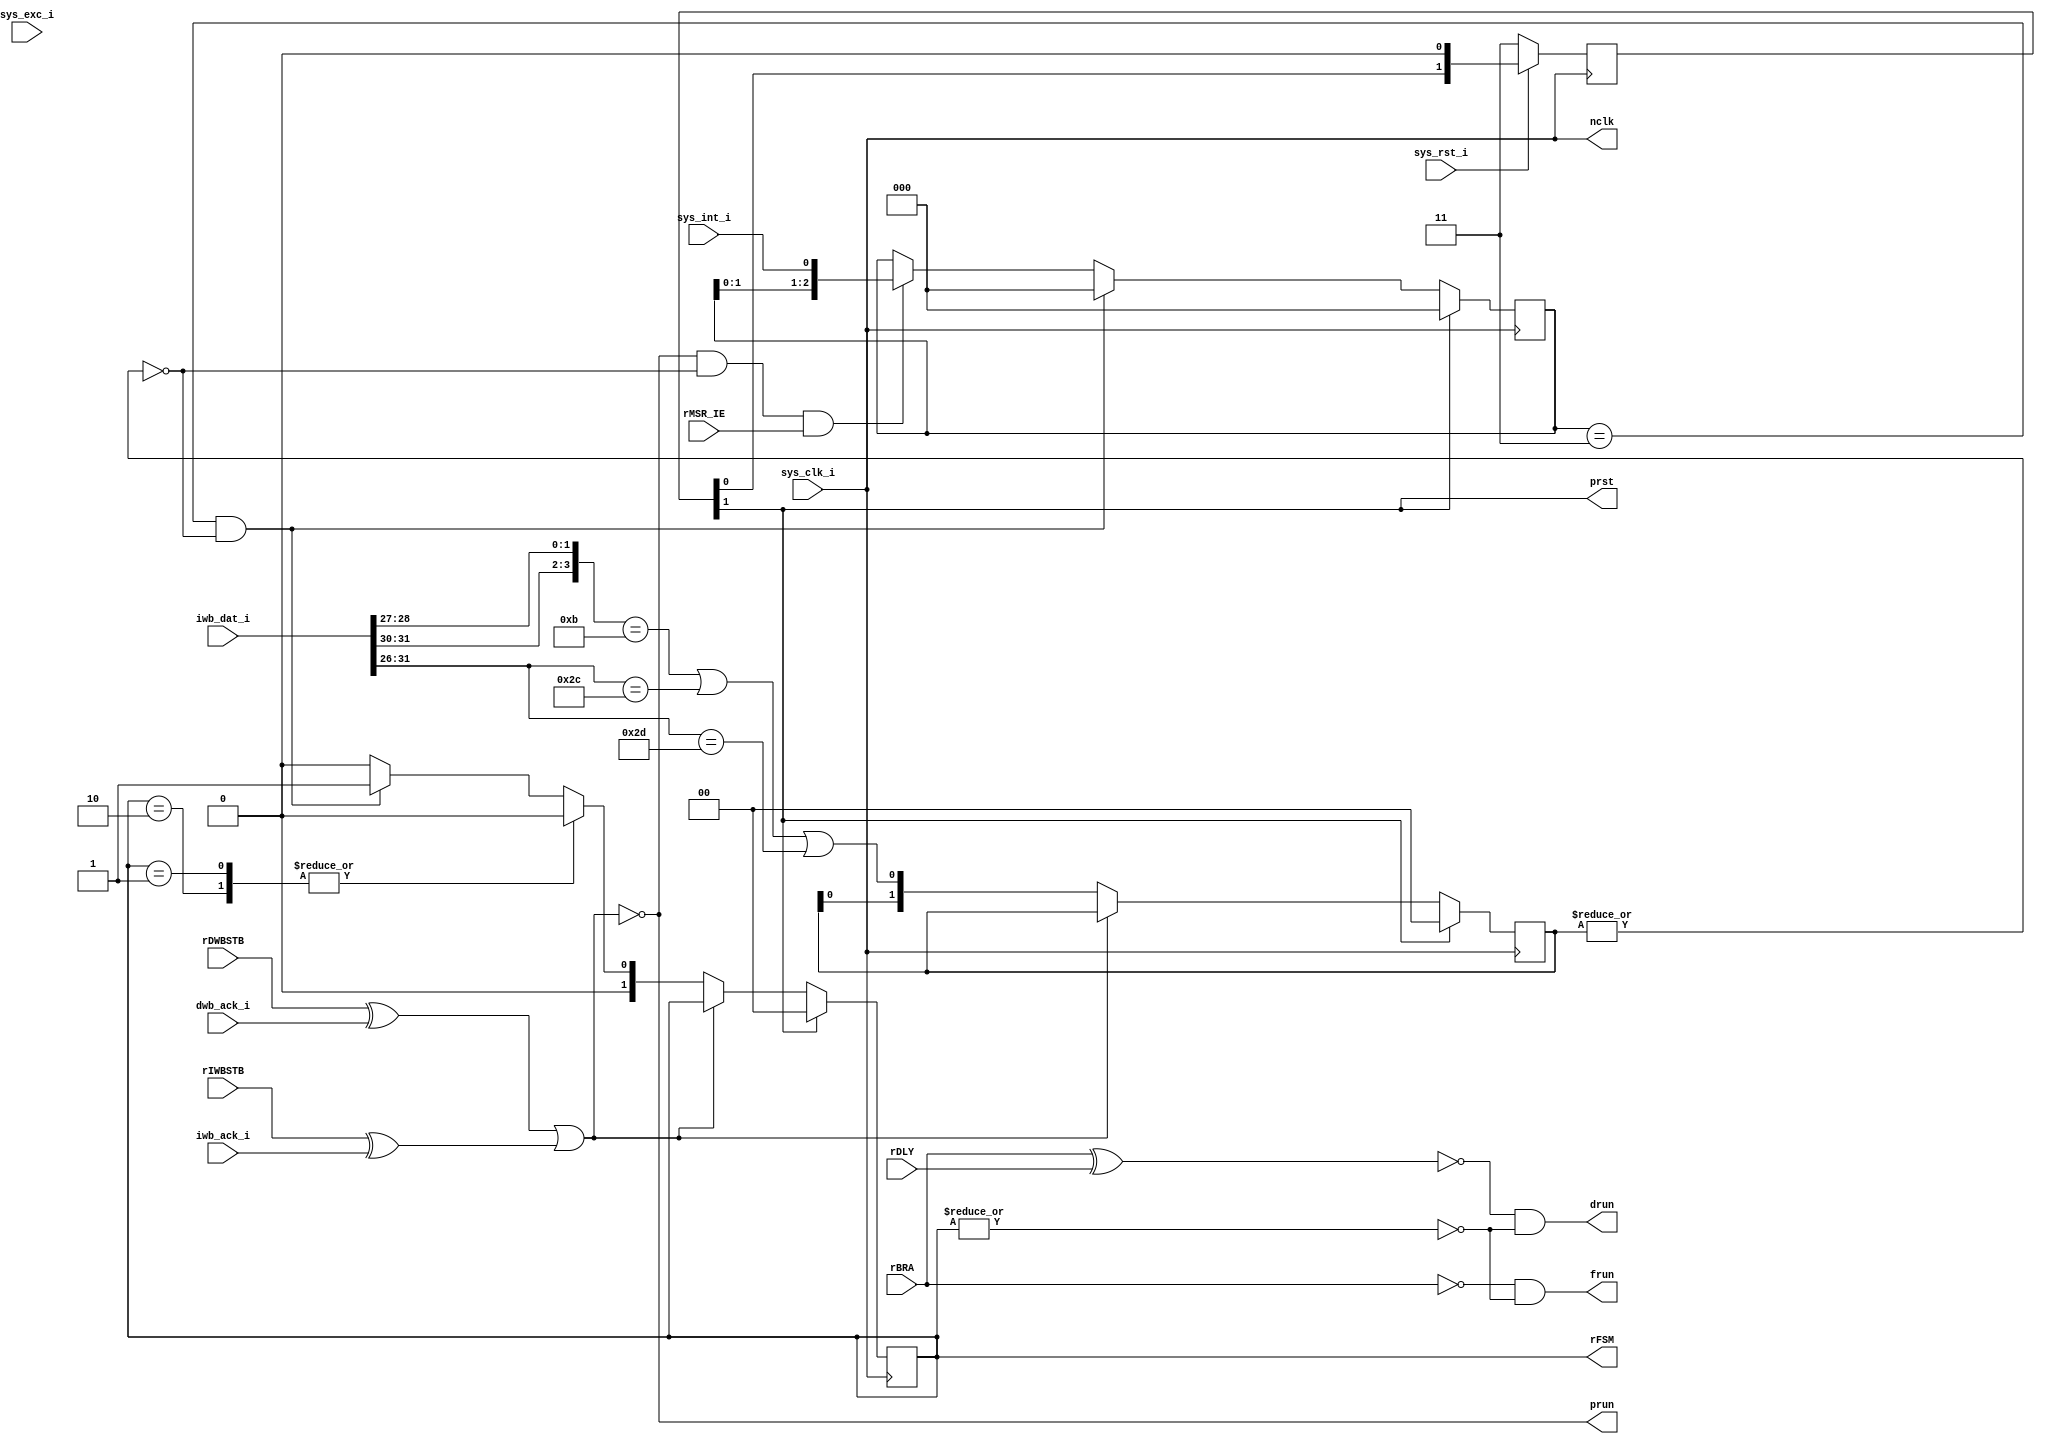
/*
 * $Id: aeMB_control.v,v 1.7 2007/05/30 18:44:30 sybreon Exp $
 * 
 * AE68 System Control Unit
 * Copyright (C) 2004-2007 Shawn Tan Ser Ngiap <shawn.tan@aeste.net>
 *  
 * This library is free software; you can redistribute it and/or
 * modify it under the terms of the GNU Lesser General Public License
 * as published by the Free Software Foundation; either version 2.1 of
 * the License, or (at your option) any later version.
 * 
 * This library is distributed in the hope that it will be useful, but
 * WITHOUT ANY WARRANTY; without even the implied warranty of
 * MERCHANTABILITY or FITNESS FOR A PARTICULAR PURPOSE. See the GNU
 * Lesser General Public License for more details.
 * 
 * You should have received a copy of the GNU Lesser General Public
 * License along with this library; if not, write to the Free Software
 * Foundation, Inc., 59 Temple Place, Suite 330, Boston, MA 02111-1307
 * USA
 *
 * DESCRIPTION
 * Controls the state of the processor.
 * 
 * HISTORY
 * $Log: aeMB_control.v,v $
 * Revision 1.7  2007/05/30 18:44:30  sybreon
 * Added interrupt support.
 *
 * Revision 1.6  2007/05/17 09:08:21  sybreon
 * Removed asynchronous reset signal.
 *
 * Revision 1.5  2007/05/16 12:32:21  sybreon
 * Added async BRA/DLY signals for future clock, reset, and interrupt features.
 *
 * Revision 1.4  2007/04/27 00:23:55  sybreon
 * Added code documentation.
 * Improved size & speed of rtl/verilog/aeMB_aslu.v
 *
 * Revision 1.3  2007/04/11 04:30:43  sybreon
 * Added pipeline stalling from incomplete bus cycles.
 * Separated sync and async portions of code.
 *
 * Revision 1.2  2007/04/04 14:08:34  sybreon
 * Added initial interrupt/exception support.
 *
 * Revision 1.1  2007/03/09 17:52:17  sybreon
 * initial import
 *
 */

module aeMB_control (/*AUTOARG*/
   // Outputs
   rFSM, nclk, prst, prun, frun, drun,
   // Inputs
   sys_rst_i, sys_clk_i, sys_int_i, sys_exc_i, rIWBSTB, iwb_ack_i,
   rDWBSTB, dwb_ack_i, rBRA, rDLY, iwb_dat_i, rMSR_IE
   );
   // System
   input 	sys_rst_i, sys_clk_i;
   input 	sys_int_i;
   input 	sys_exc_i;   
   
   // Instruction WB
   input 	rIWBSTB;
   input 	iwb_ack_i;

   // Data WB
   input 	rDWBSTB;
   input 	dwb_ack_i;   

   // Internal
   input 	rBRA, rDLY;
   input [31:0] iwb_dat_i;
   input 	rMSR_IE;
   
   output [1:0] rFSM;
   //, rLDST;
   output 	nclk, prst, prun;   
   output 	frun, drun;
      
   /**
    RUN Signal
    ----------
    This master run signal will pause or run the entire pipeline. It
    will pause for any incomplete bus transaction.
    */

   assign 	prun = ~((rDWBSTB ^ dwb_ack_i) | ((rIWBSTB ^ iwb_ack_i)));

   /**
    Debounce
    --------
    The following external signals are debounced and synchronised:
    - Interrupt
    
    TODO: Exceptions
    */
   wire 	fINT;   
   reg [2:0] 	rEXC, rINT;
   always @(negedge nclk)
     if (prst) begin
	/*AUTORESET*/
	// Beginning of autoreset for uninitialized flops
	rINT <= 3'h0;
	// End of automatics
     end else if (prun) begin
	//rEXC <= #1 {rEXC[1:0], sys_exc_i};
	rINT <= #1 {rINT[1:0], sys_int_i};	
     end
   
   /**
    Machine States
    --------------
    The internal machine state is affected by external interrupt,
    exception and software exceptions. Only interrupts are
    implemented.
    
    TODO: Implement Exceptions
    */
   parameter [1:0]
		FSM_RUN = 2'o0,
		FSM_SWEXC = 2'o3,
		FSM_HWEXC = 2'o2,
		FSM_HWINT = 2'o1;
   
   reg [1:0] 	  rFSM, rNXT;
   always @(negedge nclk)
     if (prst) begin
	/*AUTORESET*/
	// Beginning of autoreset for uninitialized flops
	rFSM <= 2'h0;
	// End of automatics
     end else if (prun) begin
	rFSM <= #1 rNXT;
     end

   always @(/*AUTOSENSE*/fINT or rFSM)
     case (rFSM)
       FSM_HWEXC: rNXT <= FSM_RUN;       
       //FSM_SWEXC: rNXT <= FSM_RUN;     
       FSM_HWINT: rNXT <= FSM_RUN;      
       default: begin
	  rNXT <= //(rEXC == 3'h3) ? FSM_HWEXC :
		  (fINT) ? FSM_HWINT :
		  FSM_RUN;	  
       end
     endcase // case (rFSM)

   /**
    Interrupt Check
    ---------------
    It checks to make sure that all the instructions in the pipeline
    are atomic before allowing the detection of interrupts. Empirical
    response latency is 3-7 cycles.
    */

   wire [5:0] 	rOPC = iwb_dat_i[31:26];   
   reg [2:0] 	rHWINT;
   reg [1:0] 	rNCLR;   
   wire 	fCLR = ~|rNCLR;   
   wire 	fNCLR = ({rOPC[5:4],rOPC[2:1]} == 4'b1011) | (rOPC == 6'o54) | (rOPC == 6'o55);
   assign 	fINT = (rHWINT == 3'o3) & fCLR;
   
   always @(negedge nclk)
     if (prst) begin
	/*AUTORESET*/
	// Beginning of autoreset for uninitialized flops
	rHWINT <= 3'h0;
	// End of automatics
     end else if (fINT) begin
	rHWINT <= 3'o0;	
     end else if (prun & fCLR & rMSR_IE) begin
	rHWINT <= {rHWINT[1:0],sys_int_i};	
     end

   always @(negedge nclk)
     if (prst) begin
	/*AUTORESET*/
	// Beginning of autoreset for uninitialized flops
	rNCLR <= 2'h0;
	// End of automatics
     end else if (prun) begin
	rNCLR <= {rNCLR[0], fNCLR};	
     end
      
   /**
    Bubble
    ------
    Pipeline bubbles are introduced during a branch or interrupt.
    */

   reg [1:0]    rRUN, xRUN;   
   wire 	fXCE = ~|rFSM;   
   assign 	{drun,frun} = {xRUN[1] & fXCE , xRUN[0] & fXCE};

   always @(/*AUTOSENSE*/rBRA or rDLY) begin
       xRUN <= {~(rBRA ^ rDLY), ~rBRA};
   end

   /**
    Clock/Reset
    -----------
    This controls the internal clock/reset signal for the core. Any
    DCM/PLL/DPLL can be instantiated here if needed.
    */
   
   reg [1:0] 	rRST;
   assign 	nclk = sys_clk_i;
   assign 	prst = rRST[1];

   always @(negedge nclk)     
     if (!sys_rst_i) begin
	rRST <= 2'h3;	
	/*AUTORESET*/
     end else begin
	rRST <= {rRST[0],1'b0};
     end

   
endmodule // aeMB_control